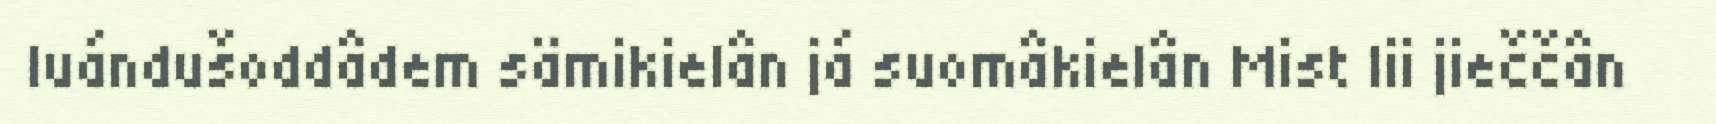
luándušoddâdem sämikielân já suomâkielân Mist lii jieččân